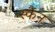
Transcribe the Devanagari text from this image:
स्कैंन